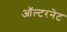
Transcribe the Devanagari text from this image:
ऑल्टरनेट